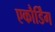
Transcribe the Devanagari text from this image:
एकौर्डिंग